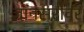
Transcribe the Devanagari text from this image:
ज्ञानसरोवर